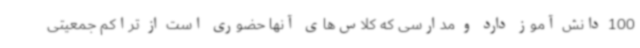
100 دانش آموز دارد و مدارسی که کلاس‌های آنها حضوری است از تراکم جمعیتی